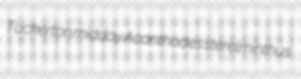
Tuckerton midday Acanthodes sterelminthus